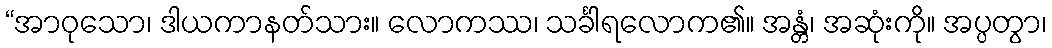
“အာဝုသော၊ ဒါယကာနတ်သား။ လောကဿ၊ သင်္ခါရလောက၏။ အန္တံ၊ အဆုံးကို။ အပ္ပတွာ၊